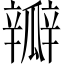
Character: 瓣